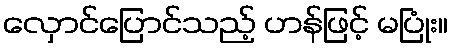
လှောင်ပြောင်သည့် ဟန်ဖြင့် မပြုံး။